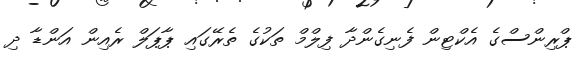
ޕްރިންސްގެ އެކްޓިން ފެނިގެންދާ ފިލްމް ތަކުގެ ތެރޭގައި ޕާޕަލް ރެއިން އަންޑާ ދި